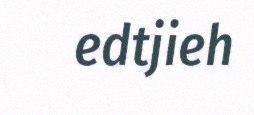
edtjieh